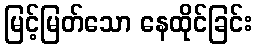
မြင့်မြတ်သော နေထိုင်ခြင်း